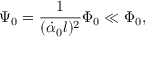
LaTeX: \Psi _ { 0 } = \frac { 1 } { ( \dot { \alpha } _ { 0 } l ) ^ { 2 } } \Phi _ { 0 } \ll \Phi _ { 0 } ,